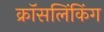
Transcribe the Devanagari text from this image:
क्रॉसलिंकिंग